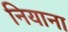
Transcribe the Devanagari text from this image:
नियाना